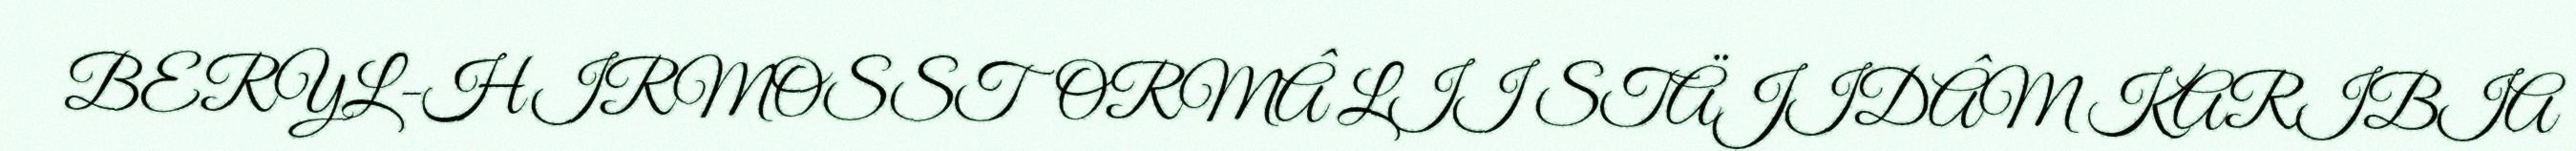
BERYL-HIRMOSSTORMÂ LII STÄJIDÂM KARIBIA